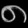
Digit: ၈